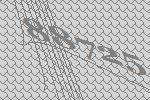
88725